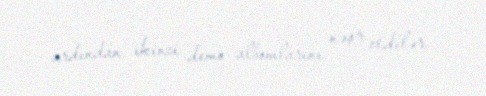
ardından ikinci demo albomlarını nəşr etdilər.